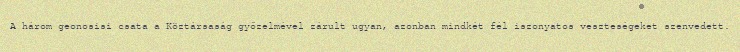
A három geonosisi csata a Köztársaság győzelmével zárult ugyan, azonban mindkét fél iszonyatos veszteségeket szenvedett.